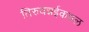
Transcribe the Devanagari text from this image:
तिरुवन्नईकवल